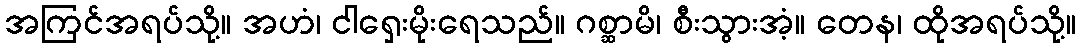
အကြင်အရပ်သို့။ အဟံ၊ ငါရှေးမိုးရေသည်။ ဂစ္ဆာမိ၊ စီးသွားအံ့။ တေန၊ ထိုအရပ်သို့။